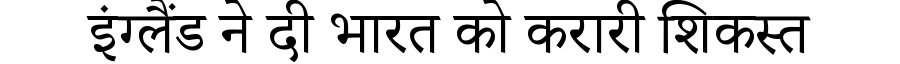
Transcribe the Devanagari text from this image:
इंग्लैंड ने दी भारत को करारी शिकस्त